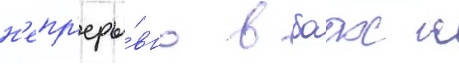
н'епр'еры́вно в боах с